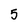
Character: 5